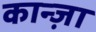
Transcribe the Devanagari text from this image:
कान्ज़ा